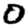
Digit: 0